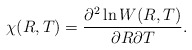
\begin{align*}\chi (R,T) = \frac{\partial ^{2} \ln W(R,T)}{\partial R \partial T}.\end{align*}